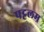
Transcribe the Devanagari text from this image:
पट्टलम